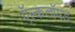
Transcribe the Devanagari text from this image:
ऍल्कलॉयड